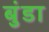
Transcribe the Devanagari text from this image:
बुंडा